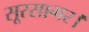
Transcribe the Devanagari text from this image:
सूरसागर।